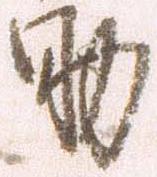
助